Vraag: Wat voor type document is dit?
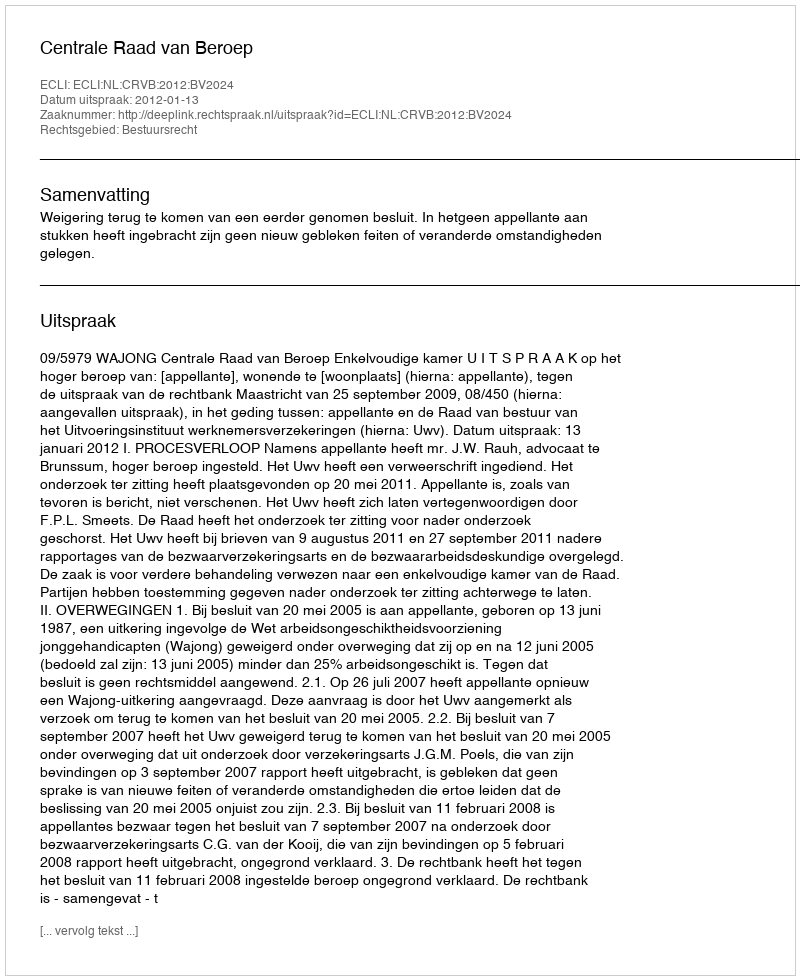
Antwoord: Uitspraak